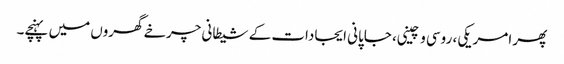
پھر امریکی، روسی و چینی، جاپانی ایجادات کے شیطانی چرخے گھروں میں پہنچے۔